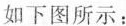
如下图所示：